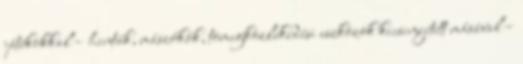
játékokkal – hinták, mászókák, tömegközlekedési eszközök kicsinyített másával –